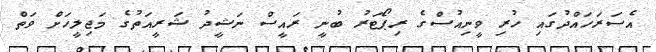
އެސަރަހައްދުގައި ހުރި ވީނިއުސްގެ ރިޕޯޓަރު ބުނީ ރައީސް ނަޝީދު ޝަރީއަތުގެ މަޖިލީހަށް ވަތް